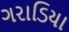
ગરાડિયા